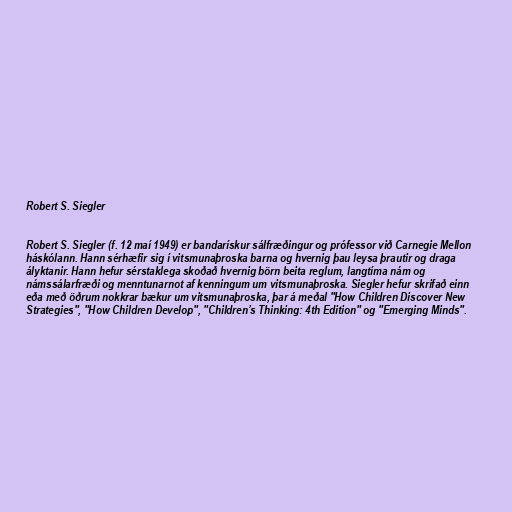
Robert S. Siegler

Robert S. Siegler (f. 12 maí 1949) er bandarískur sálfræðingur og prófessor við Carnegie Mellon
háskólann. Hann sérhæfir sig í vitsmunaþroska barna og hvernig þau leysa þrautir og draga
ályktanir. Hann hefur sérstaklega skoðað hvernig börn beita reglum, langtíma nám og
námssálarfræði og menntunarnot af kenningum um vitsmunaþroska. Siegler hefur skrifað einn
eða með öðrum nokkrar bækur um vitsmunaþroska, þar á meðal "How Children Discover New
Strategies", "How Children Develop", "Children’s Thinking: 4th Edition" og "Emerging Minds".